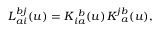
L \mathrm { } _ { a i } ^ { b j } ( u ) = K \mathrm { } _ { i a } ^ { \ b } ( u ) \, K \mathrm { } _ { \ a } ^ { j b } ( u ) ,